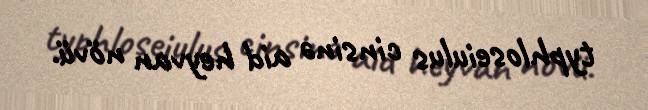
typhloseiulus cinsinə aid heyvan növü.